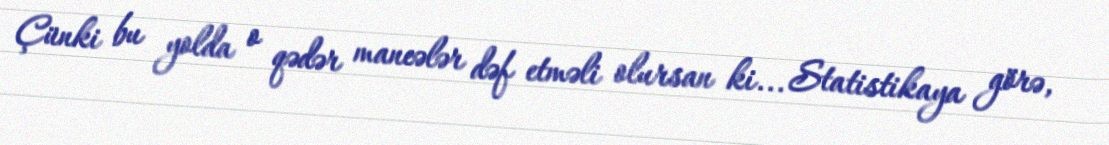
Çünki bu yolda o qədər maneələr dəf etməli olursan ki... Statistikaya görə,